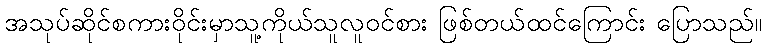
အသုပ်ဆိုင်စကားဝိုင်းမှာသူ့ကိုယ်သူလူဝင်စား ဖြစ်တယ်ထင်ကြောင်း ပြောသည်။